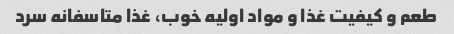
طعم و کیفیت غذا و مواد اولیه خوب، غذا متاسفانه سرد